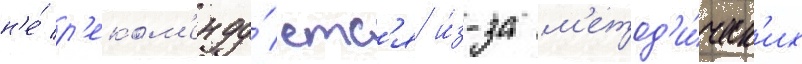
н'е́ р'еком'енду́етс'я и́з-за м'етод'и́ческ'их